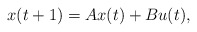
\begin{align*} x(t+1) = A x(t) + B u(t), \end{align*}